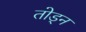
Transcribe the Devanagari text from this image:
तोड्न